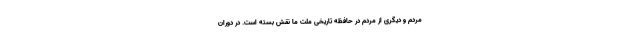
مردم و دیگری از مردم در حافظه تاریخی ملت ما نقش بسته است. در دوران